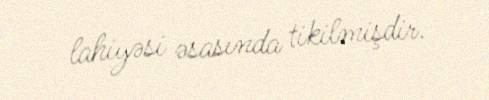
lahiyəsi əsasında tikilmişdir.